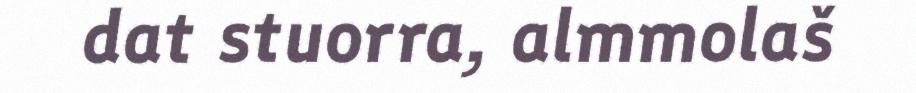
dat stuorra, almmolaš